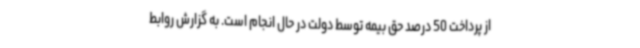
از پرداخت 50 درصد حق بیمه توسط دولت در حال انجام است. به گزارش روابط